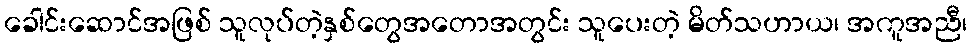
ခေါင်းဆောင်အဖြစ် သူလုပ်တဲ့နှစ်တွေအတောအတွင်း သူပေးတဲ့ မိတ်သဟာယ၊ အကူအညီ၊